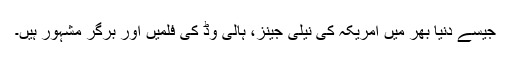
جیسے دنیا بھر میں امریکہ کی نیلی جینز، ہالی وڈ کی فلمیں اور برگر مشہور ہیں۔